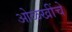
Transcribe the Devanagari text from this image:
ओळखींचे